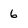
Character: 6